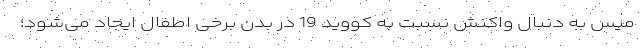
میس به دنبال واکنش نسبت به کووید 19 در بدن برخی اطفال ایجاد می‌شود؛